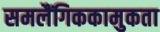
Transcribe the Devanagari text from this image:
समलैंगिककामुकता